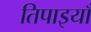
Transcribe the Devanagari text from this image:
तिपाइयाँ